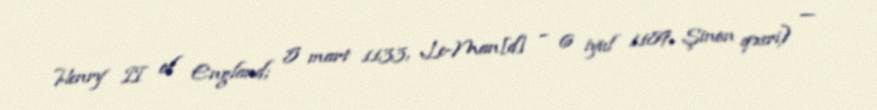
Henry II of England; 5 mart 1133, Le-Man[d] – 6 iyul 1189, Şinon qəsri) —